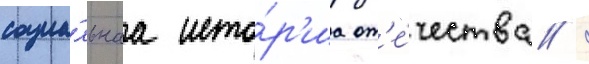
социа́льнаа исто́р'иа от'е́чества /